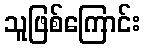
သူဖြစ်ကြောင်း